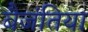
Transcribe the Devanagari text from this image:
बैजंतिया